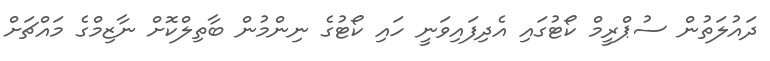
ދައުލަތުން ސުޕްރީމް ކޯޓުގައި އެދިފައިވަނީ ހައި ކޯޓުގެ ނިންމުން ބާތިލްކޮށް ނާޒިމްގެ މައްޗަށް